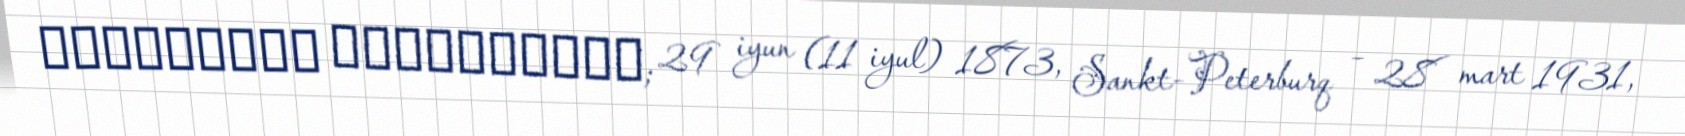
Հովհաննես Հախվերդյան; 29 iyun (11 iyul) 1873, Sankt-Peterburq – 28 mart 1931,